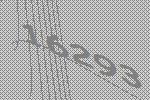
16293